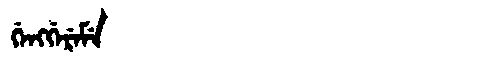
Manchu: ᡤᡝᠩᡤᡝᡵᡝᠮᡝ
Romanization: GENGGEREME